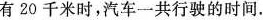
有20千米时，汽车一共行驶的时间。